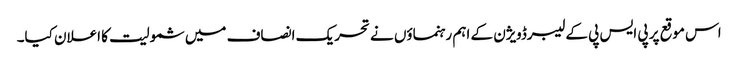
اس موقع پر پی ایس پی کے لیبرڈویژن کے اہم رہنماؤں نے تحریک انصاف میں شمولیت کا اعلان کیا۔